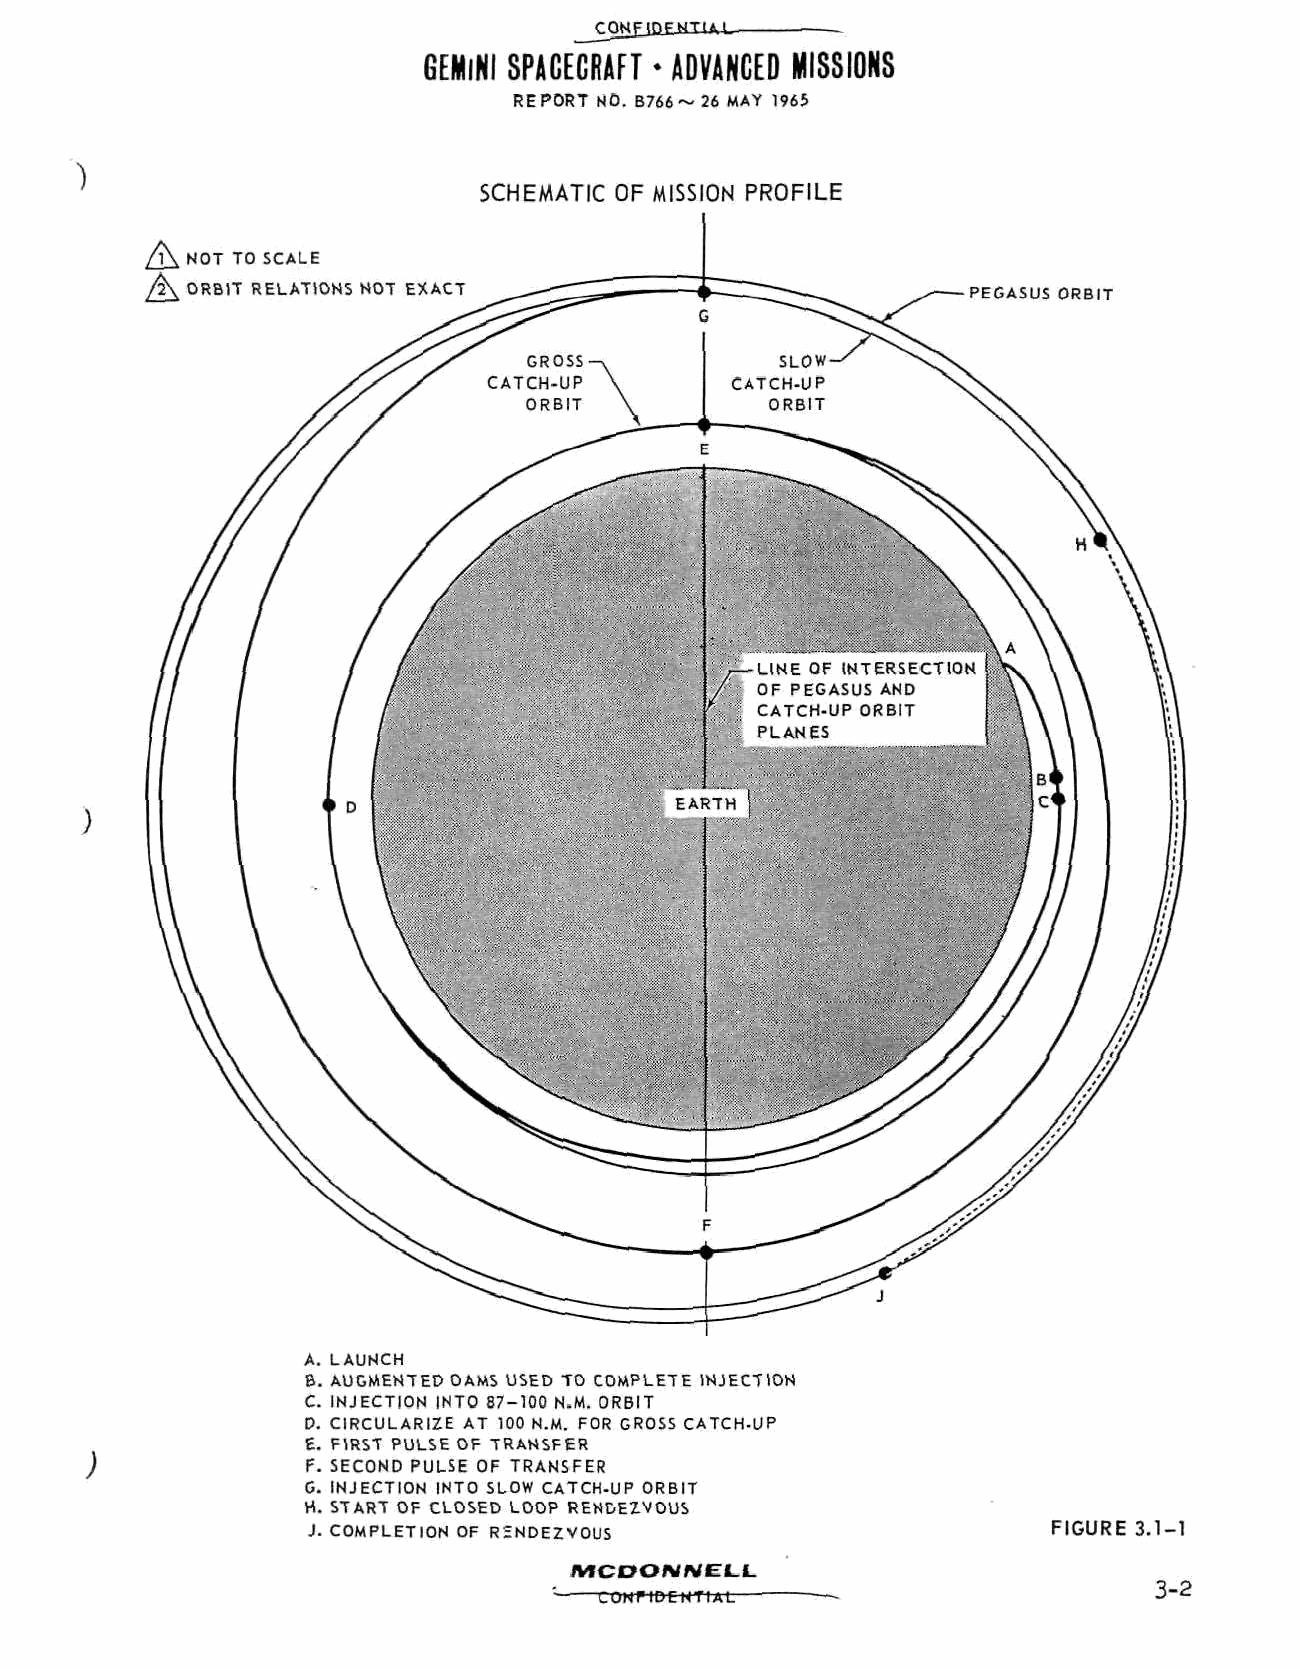
GEMINI SPACECRAFT • ADVANCED MISSIONS
 REPORT NO. B766~ 26 MAY 1965
 SCHEMATIC OF MISSION PROFILE
 /T^. NOT TO SCALE
 /\ ORBIT RELATIONS NOT EXACT                          PEGASUS ORBIT
 A. LAUNCH
 B. AUGMENTED OAMS USED TO COMPLETE INJECTION
 C. INJECTION INTO 87-100 N.M. ORBIT
 D. CIRCULARIZE AT 100 N.M. FOR GROSS CATCH-UP
 E. FIRST PULSE OF TRANSFER
 F. SECOND PULSE OF TRANSFER
 )
 C. INJECTION INTO SLOW CATCH-UP ORBIT
 H. START OF CLOSED LOOP RENDEZVOUS
 J. COMPLETION OF RENDEZVOUS                       FIGURE 3.1-1
 MCDONNELL.